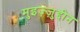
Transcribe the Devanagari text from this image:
मुइज़्ज़ुद्दीन